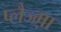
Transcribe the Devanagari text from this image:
प्लैज्म़ा